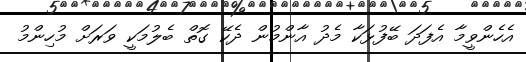
އެހެންވީމާ އެފަދަ ބޭފުޅަކާ މެދު އާންމުން ދެކޭ ގޮތް ބެލުމަކީ ވަރަށް މުހިންމު